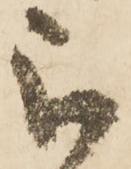
被